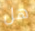
هل